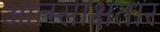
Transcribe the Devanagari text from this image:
आत्म्साक्षतार